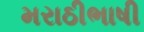
મરાઠીભાષી